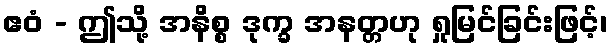
ဧဝံ - ဤသို့ အနိစ္စ ဒုက္ခ အနတ္တဟု ရှုမြင်ခြင်းဖြင့်၊